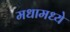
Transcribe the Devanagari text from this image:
मधामध्ये